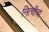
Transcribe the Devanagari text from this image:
नित्चीचा